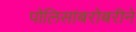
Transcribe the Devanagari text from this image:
पोलिसांबरोबरीने